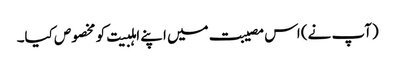
(آپ نے) اس مصیبت میں اپنے اہلبیت کو مخصوص کیا۔